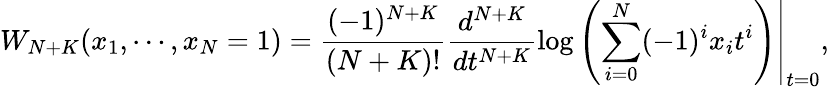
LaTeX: W_{N+K}(x_{1},\cdots,x_{N}=1)=\left.\frac{(-1)^{N+K}}{(N+K)!}\frac{d^{N+K}}{dt^{N+K}}\log\left(\sum_{i=0}^{N}(-1)^{i}x_{i}t^{i}\right)\right|_{t=0},